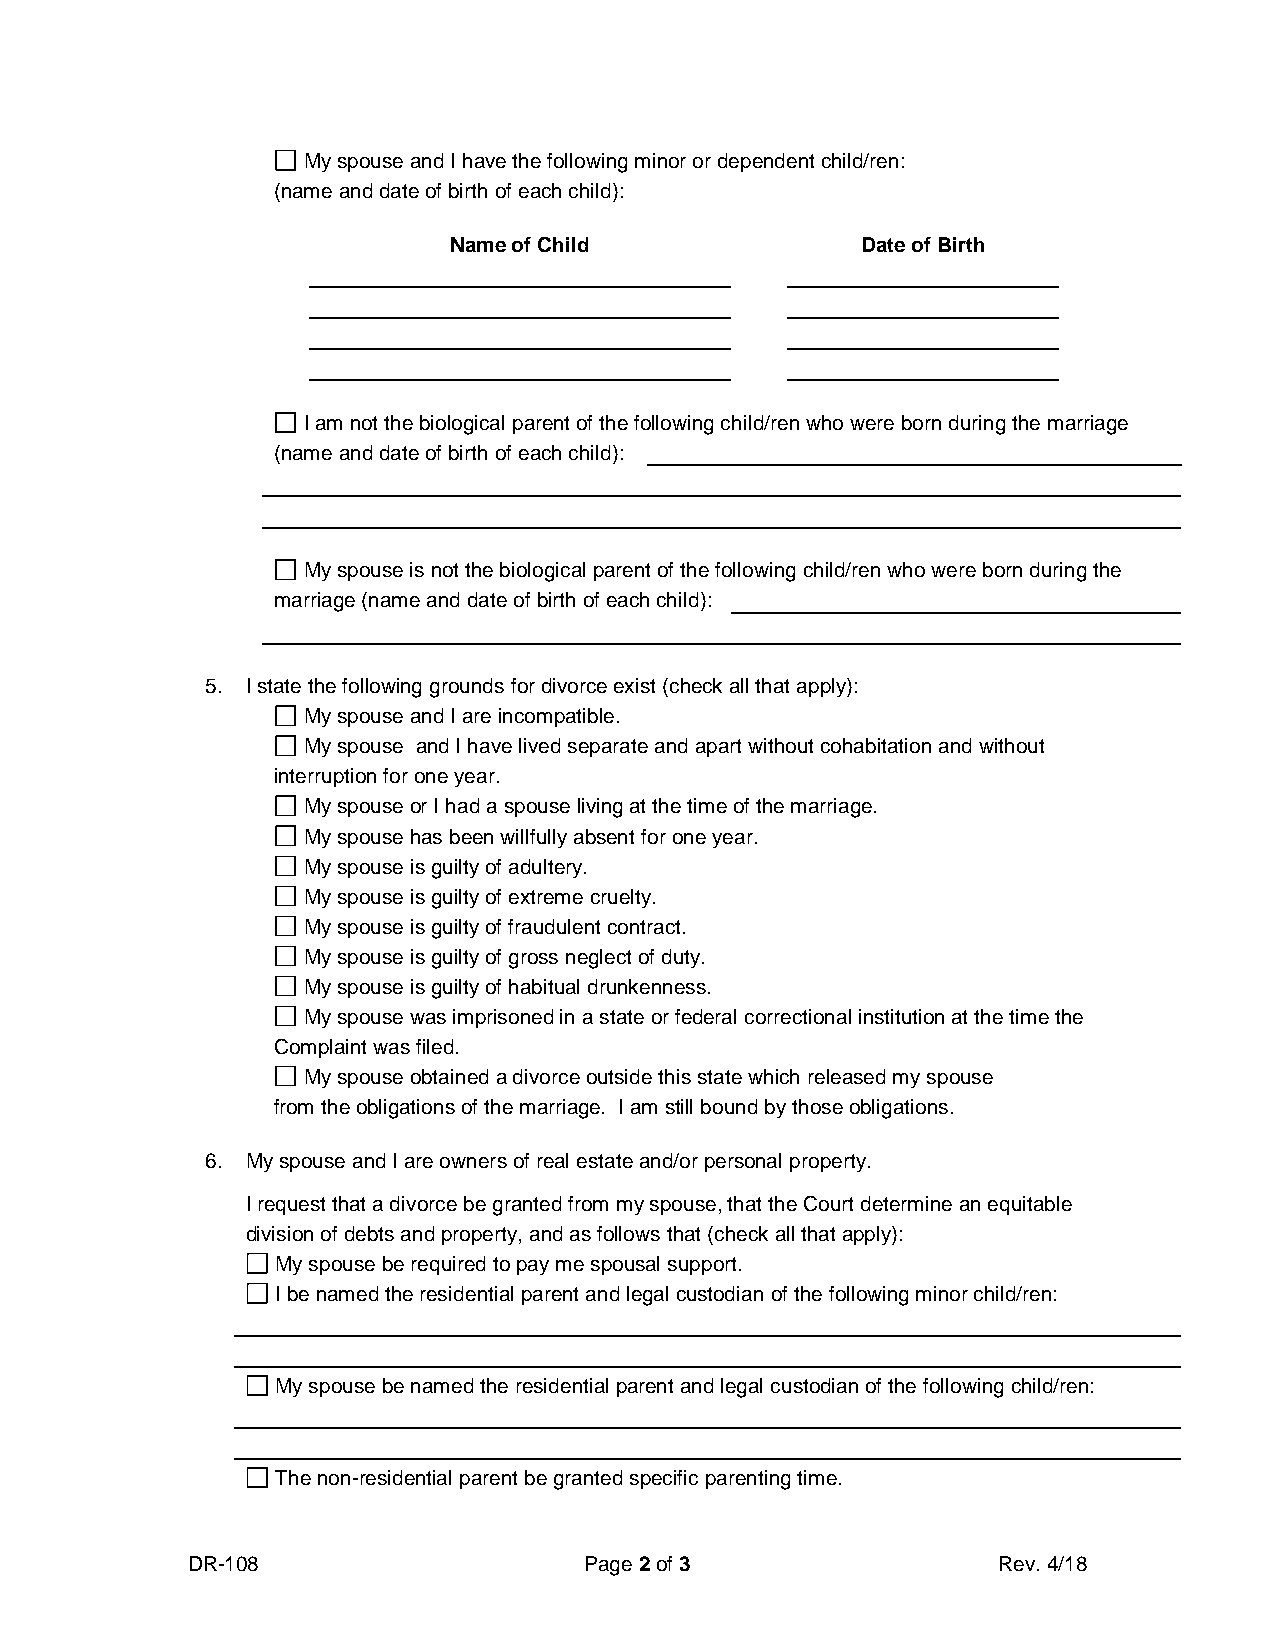
My spouse and I have the following minor or dependent child/ren:
 (name and date of birth of each child):
 Name of Child              Date of Birth
 I am not the biological parent of the following child/ren who were born during the marriage
 (name and date of birth of each child):
 My spouse is not the biological parent of the following child/ren who were born during the
 marriage (name and date of birth of each child):
 5. I state the following grounds for divorce exist (check all that apply):
 My spouse and I are incompatible.
 My spouse and I have lived separate and apart without cohabitation and without
 interruption for one year.
 My spouse or I had a spouse living at the time of the marriage.
 My spouse has been willfully absent for one year.
 My spouse is guilty of adultery.
 My spouse is guilty of extreme cruelty.
 My spouse is guilty of fraudulent contract.
 My spouse is guilty of gross neglect of duty.
 My spouse is guilty of habitual drunkenness.
 My spouse was imprisoned in a state or federal correctional institution at the time the
 Complaint was filed.
 My spouse obtained a divorce outside this state which released my spouse
 from the obligations of the marriage. I am still bound by those obligations.
 6. My spouse and I are owners of real estate and/or personal property.
 I request that a divorce be granted from my spouse, that the Court determine an equitable
 division of debts and property, and as follows that (check all that apply):
 My spouse be required to pay me spousal support.
 I be named the residential parent and legal custodian of the following minor child/ren:
 My spouse be named the residential parent and legal custodian of the following child/ren:
 The non-residential parent be granted specific parenting time.
 DR-108                     Page 2 of 3                Rev. 4/18